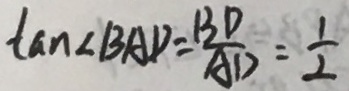
\tan \angle B A D = \frac { B D } { A D } = \frac { 1 } { 2 }